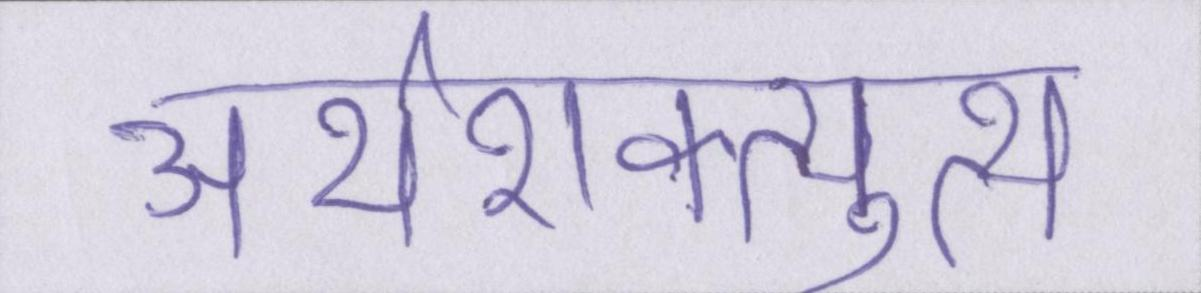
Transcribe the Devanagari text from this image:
अर्थशक्त्युत्थ